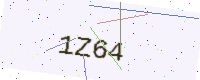
Text: 1Z64